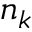
n _ { k }